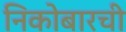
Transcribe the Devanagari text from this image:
निकोबारची